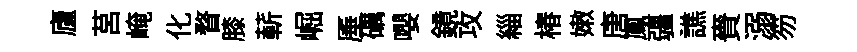
廬莒崦化瞀膝蔪崛厜礪嚶鏡攻緇椿嫩唐鳳疆譙賚溺笏